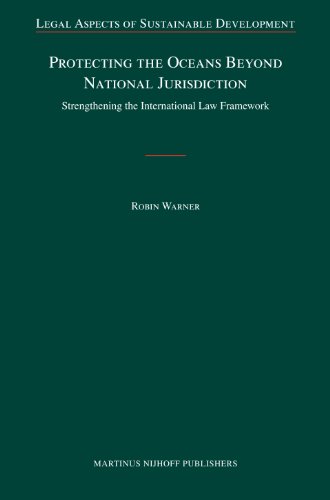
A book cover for Protecting the Oceans Beyond National Jurisdiction (Legal Aspects of Sustainable Development); Robin Warner; Law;